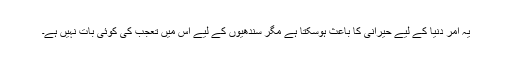
یہ امر دنیا کے لیے حیرانی کا باعث ہوسکتا ہے مگر سندھیوں کے لیے اس میں تعجب کی کوئی بات نہیں ہے۔